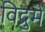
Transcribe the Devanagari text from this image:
विद्रुमे